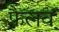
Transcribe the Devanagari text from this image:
फैलव